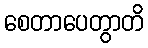
စေတာပေတွာတိ